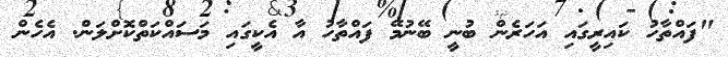
"ފައްތާހު ކައިރީގައި އަހަރެން ބުނީ ބޭނުމޭ ފައްތާހު އާ އެކީގައި މަސައްކަތްކޮށްލަން. އެހެން